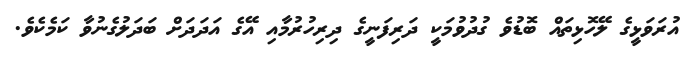
އުރަވަޅީގެ ލޭހޮޅިތައް ބޮޑުވެ ގުދުވުމަކީ ދަރިފަނީގެ ދިރިހުރުމާއި އޭގެ އަދަދަށް ބަދަލުގެނުވާ ކަމެކެވެ.